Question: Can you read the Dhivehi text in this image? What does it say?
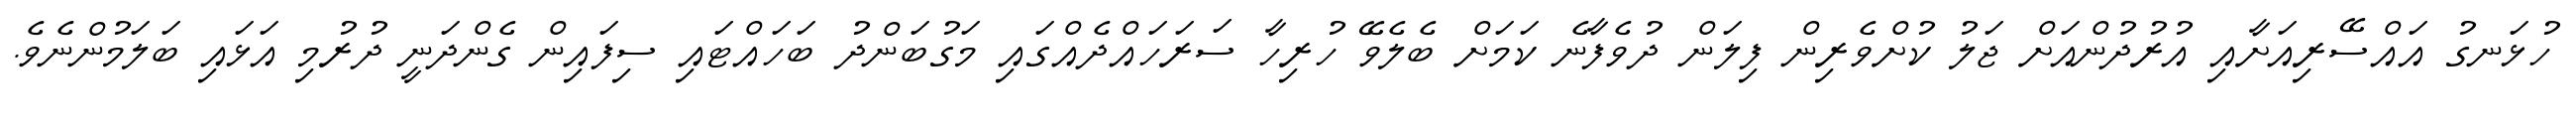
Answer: ހުޅަނގު އައްސޭރިއަށާއި އުރުދުންއަށް ޖަލު ކުށްވެރިން ފިލަން ދުވެފާނެ ކަމަށް ބެލެވޭ ހުރިހާ ސަރަހައްދެއްގައި މަގުބަންދު ބަހައްޓައި ސިފައިން ގެންދަނީ ދުރުމި އަޅައި ބަލަމުންނެވެ.